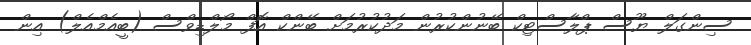
ސިންގަލް ޔޫސް ޕްލާސްޓިކް ބޭނުންކުރުން މަދުކުރުމަށް ބޭންކް އޮފް މޯލްޑިވްސް (ބީއެމްއެލް) އިން